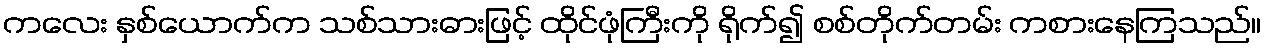
ကလေး နှစ်ယောက်က သစ်သားဓားဖြင့် ထိုင်ဖုံကြီးကို ရိုက်၍ စစ်တိုက်တမ်း ကစားနေကြသည်။